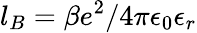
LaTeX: l_{B}=\beta e^{2}/4\pi\epsilon_{0}\epsilon_{r}